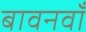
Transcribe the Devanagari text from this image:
बावनवाँ